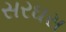
સરઘસ